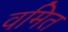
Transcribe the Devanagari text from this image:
वमित